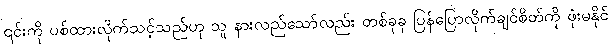
၎င်းကို ပစ်ထားလိုက်သင့်သည်ဟု သူ နားလည်သော်လည်း တစ်ခုခု ပြန်ပြောလိုက်ချင်စိတ်ကို ဖုံးမနိုင်